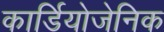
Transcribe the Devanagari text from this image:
कार्डियोजेनिक